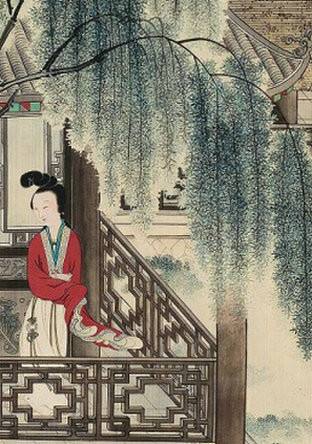
沉恨细思，不如桃杏，犹解嫁东风。